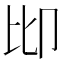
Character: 𠨒